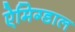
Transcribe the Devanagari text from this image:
ऐमिग्डाल